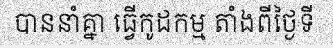
បាននាំគ្នា ធ្វើកូដកម្ម តាំងពីថ្ងៃទី